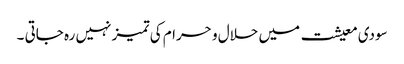
سودی معیشت میں حلال و حرام کی تمیز نہیں رہ جاتی ۔